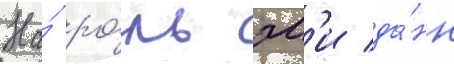
На́ ро́ль эм'и да́нн